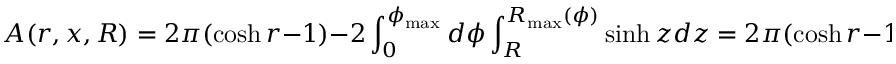
A ( r , x , R ) = 2 \pi ( \cosh r - 1 ) - 2 \int _ { 0 } ^ { \phi _ { \operatorname* { m a x } } } d \phi \int _ { R } ^ { R _ { \operatorname* { m a x } } ( \phi ) } \sinh z d z = 2 \pi ( \cosh r - 1 ) + 2 \phi _ { \operatorname* { m a x } } \cosh R - 2 \int _ { 0 } ^ { \phi _ { \operatorname* { m a x } } } \cosh R _ { \operatorname* { m a x } } ( \phi ) d \phi ,